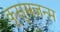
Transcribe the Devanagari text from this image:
कुसुमजन्म